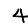
Digit: 4